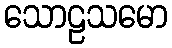
သောဠသမော